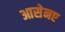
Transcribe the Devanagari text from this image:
आसेनए